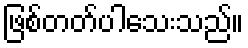
ဖြစ်တတ်ပါသေးသည်။